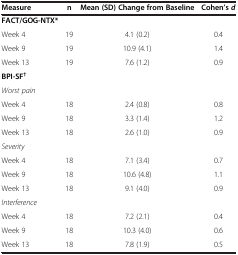
| Measure | n | Mean (SD) Change from Baseline | Cohen’s d |
 | --- | --- | --- | --- |
 | FACT/GOG-NTX* |  |  |  |
 | Week 4 | 19 | 4.1 (0.2) | 0.4 |
 | Week 9 | 19 | 10.9 (4.1) | 1.4 |
 | Week 13 | 19 | 7.6 (1.2) | 0.9 |
 | BPI-SF† |  |  |  |
 | Worst pain |  |  |  |
 | Week 4 | 18 | 2.4 (0.8) | 0.8 |
 | Week 9 | 18 | 3.3 (1.4) | 1.2 |
 | Week 13 | 18 | 2.6 (1.0) | 0.9 |
 | Severity |  |  |  |
 | Week 4 | 18 | 7.1 (3.4) | 0.7 |
 | Week 9 | 18 | 10.6 (4.8) | 1.1 |
 | Week 13 | 18 | 9.1 (4.0) | 0.9 |
 | Interference |  |  |  |
 | Week 4 | 18 | 7.2 (2.1) | 0.4 |
 | Week 9 | 18 | 10.3 (4.0) | 0.6 |
 | Week 13 | 18 | 7.8 (1.9) | 0.5 |